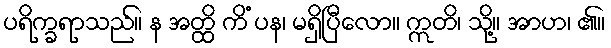
ပရိက္ခရာသည်။ န အတ္ထိ ကိံ ပန၊ မရှိပြီလော။ ဣတိ၊ သို့။ အာဟ၊ ၏။